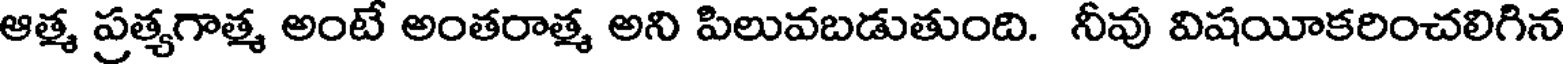
ఆత్మ ప్రత్యగాత్మ అంటే అంతరాత్మ అని పిలువబడుతుంది. నీవు విషయీకరించలిగిన